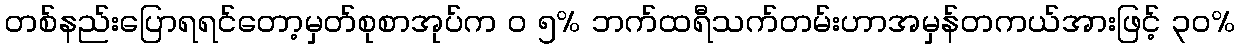
တစ်နည်းပြောရရင်တော့မှတ်စုစာအုပ်က ၀ ၅% ဘက်ထရီသက်တမ်းဟာအမှန်တကယ်အားဖြင့် ၃၀%